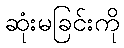
ဆုံးမခြင်းကို